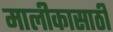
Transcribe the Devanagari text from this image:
मालीकासाठी